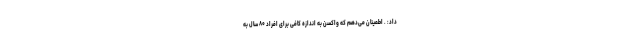
داد: . اطمینان می‌دهم که واکسن به اندازه کافی برای افراد ۸۰ سال به